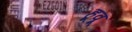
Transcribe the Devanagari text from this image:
हूवू